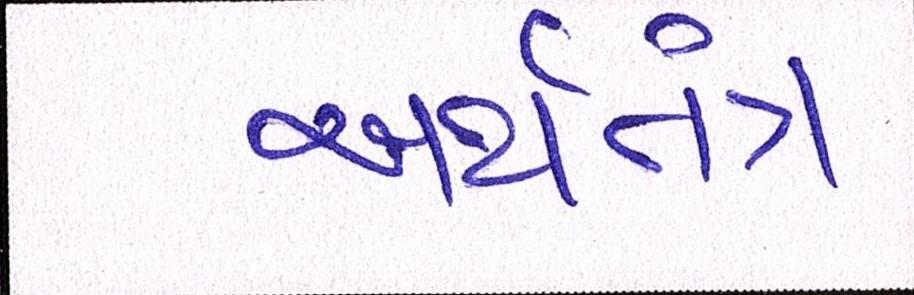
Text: અર્થતંત્ર